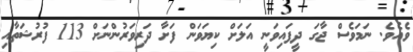
ވެއެވެ. ނަމަވެސް ޖާގަ ދީފައިވަނީ އަލަށް ކިޔަވަން ފަށާ ދަރިވަރުންނަށް 113 ފުރުޝަތާއި